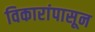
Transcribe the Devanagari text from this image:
विकारांपासून